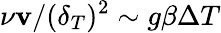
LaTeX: \nu{\mathbf v}/(\delta_{T})^{2}\sim g\beta\Delta T